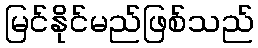
မြင်နိုင်မည်ဖြစ်သည်